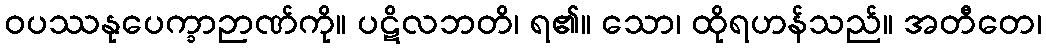
ဝပဿနုပေက္ခာဉာဏ်ကို။ ပဋိလဘတိ၊ ရ၏။ သော၊ ထိုရဟန်သည်။ အတီတေ၊